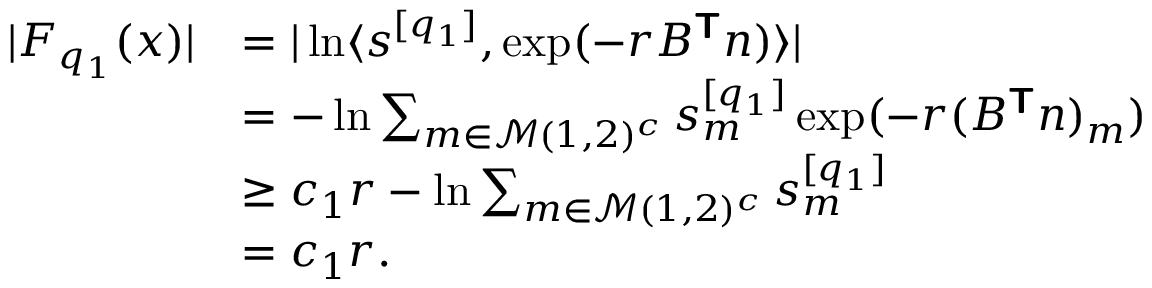
\begin{array} { r l } { | F _ { q _ { 1 } } ( \boldsymbol { x } ) | } & { = | \ln \langle \boldsymbol { s } ^ { [ q _ { 1 } ] } , \exp ( - r B ^ { \boldsymbol { \mathsf { T } } } \boldsymbol { n } ) \rangle | } \\ & { = - \ln \sum _ { m \in \mathcal { M } ( 1 , 2 ) ^ { c } } s _ { m } ^ { [ q _ { 1 } ] } \exp ( - r ( B ^ { \boldsymbol { \mathsf { T } } } \boldsymbol { n } ) _ { m } ) } \\ & { \ge c _ { 1 } r - \ln \sum _ { m \in \mathcal { M } ( 1 , 2 ) ^ { c } } s _ { m } ^ { [ q _ { 1 } ] } } \\ & { = c _ { 1 } r . } \end{array}